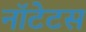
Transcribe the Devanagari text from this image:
नॉटेटस